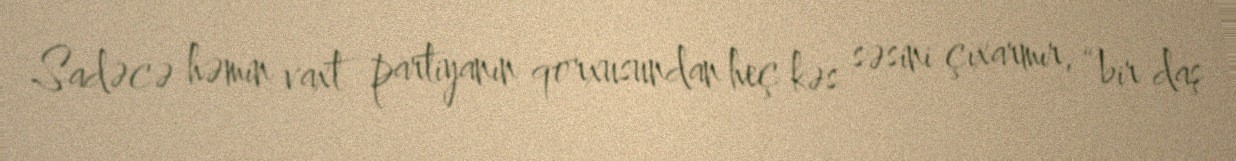
Sadəcə həmin vaxt partiyanın qorxusundan heç kəs səsini çıxarmır, “bir daş